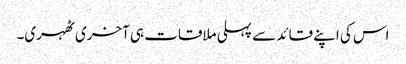
اس کی اپنے قائد سے پہلی ملاقات ہی آخری ٹھہری۔